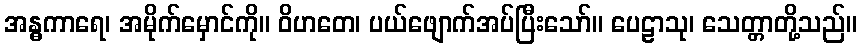
အန္ဓကာရေ၊ အမိုက်မှောင်ကို။ ဝိဟတေ၊ ပယ်ဖျောက်အပ်ပြီးသော်။ ပေဠာသု၊ သေတ္တာတို့သည်။